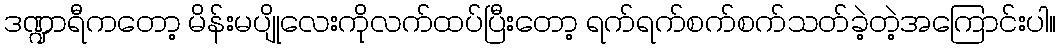
ဒဏ္ဍာရီကတော့ မိန်းမပျိုလေးကိုလက်ထပ်ပြီးတော့ ရက်ရက်စက်စက်သတ်ခဲ့တဲ့အကြောင်းပါ။